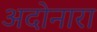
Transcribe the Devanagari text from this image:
अदोनारा